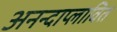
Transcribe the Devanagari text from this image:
अनन्दाप्लावित